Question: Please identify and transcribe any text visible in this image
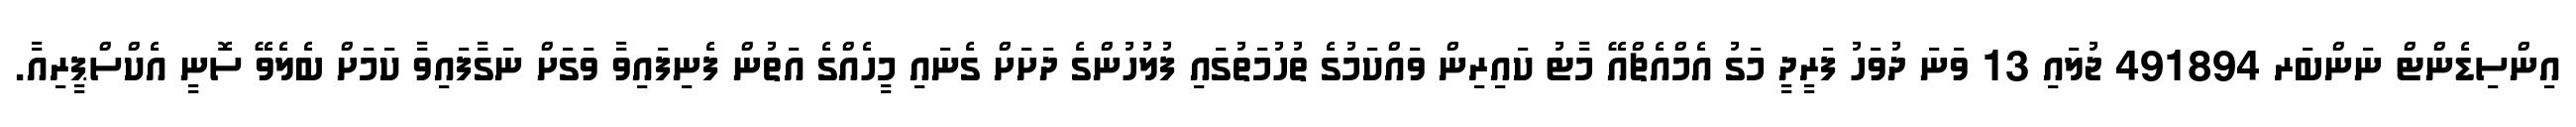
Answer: އިންސިޑެންޓް ނަންބަރ 491894 ޖުލައި 13 ވަނަ ދުވަހު ފަރީދީ މަގު އެމްއެޗްއޭ މާޓު ކައިރިން ވައްކަމުގެ ތުހުމަތުގައި ފުލުހުންގެ ދަށަށް ގެނައި މީހެއްގެ އަތުން ފެނިފައިވާ ވަގަށް ނަގާފައިވާ ކަމަށް ބެލެވޭ ސޮނީ އެކްސްޕީރިއާ.